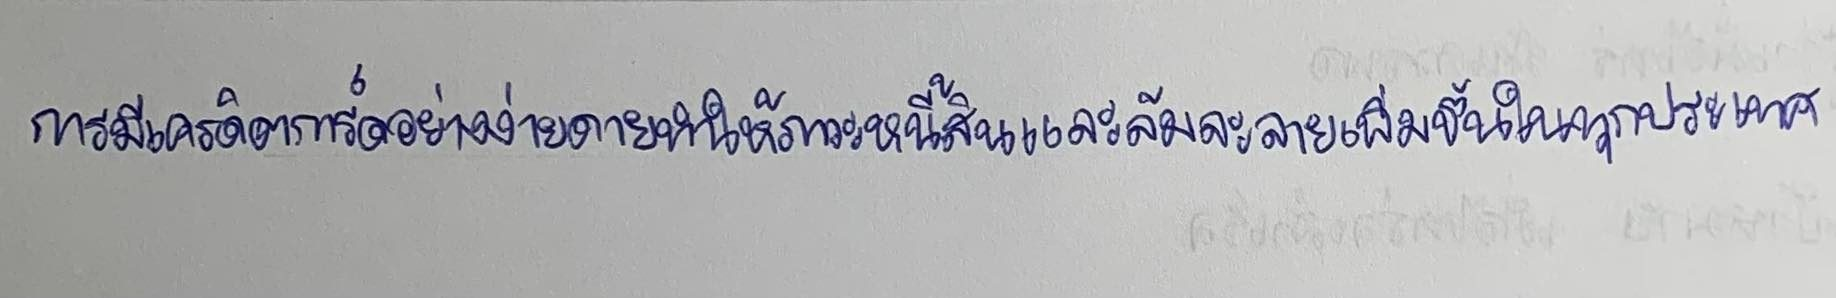
การมีเครดิตการ์ดอย่างง่ายดายทำให้ภาวะหนี้สินและล้มละลายเพิ่มขึ้นในทุกประเทศ